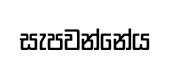
සැපවන්නේය